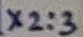
Text: X2:3